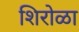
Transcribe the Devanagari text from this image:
शिरोळा